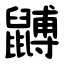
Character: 䶈